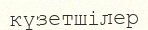
күзетшілер